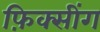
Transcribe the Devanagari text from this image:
फ़िक्सींग